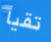
تقيأ